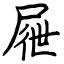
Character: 屜